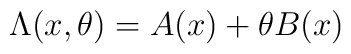
\Lambda (x , \theta ) = A (x) + \theta B (x)